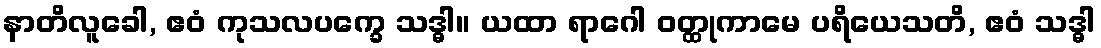
နာတိလူခေါ, ဧဝံ ကုသလပက္ခေ သဒ္ဓါ။ ယထာ ရာဂေါ ဝတ္ထုကာမေ ပရိယေသတိ, ဧဝံ သဒ္ဓါ